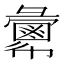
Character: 𢑷